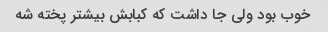
خوب بود ولی جا داشت که کبابش بیشتر پخته شه